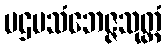
ပဌမသံဘေဇ္ဇသုတ္တံ